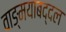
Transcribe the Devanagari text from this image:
वाङ्‌मयाबद्दल